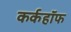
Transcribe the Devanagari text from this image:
कर्कहॉफ